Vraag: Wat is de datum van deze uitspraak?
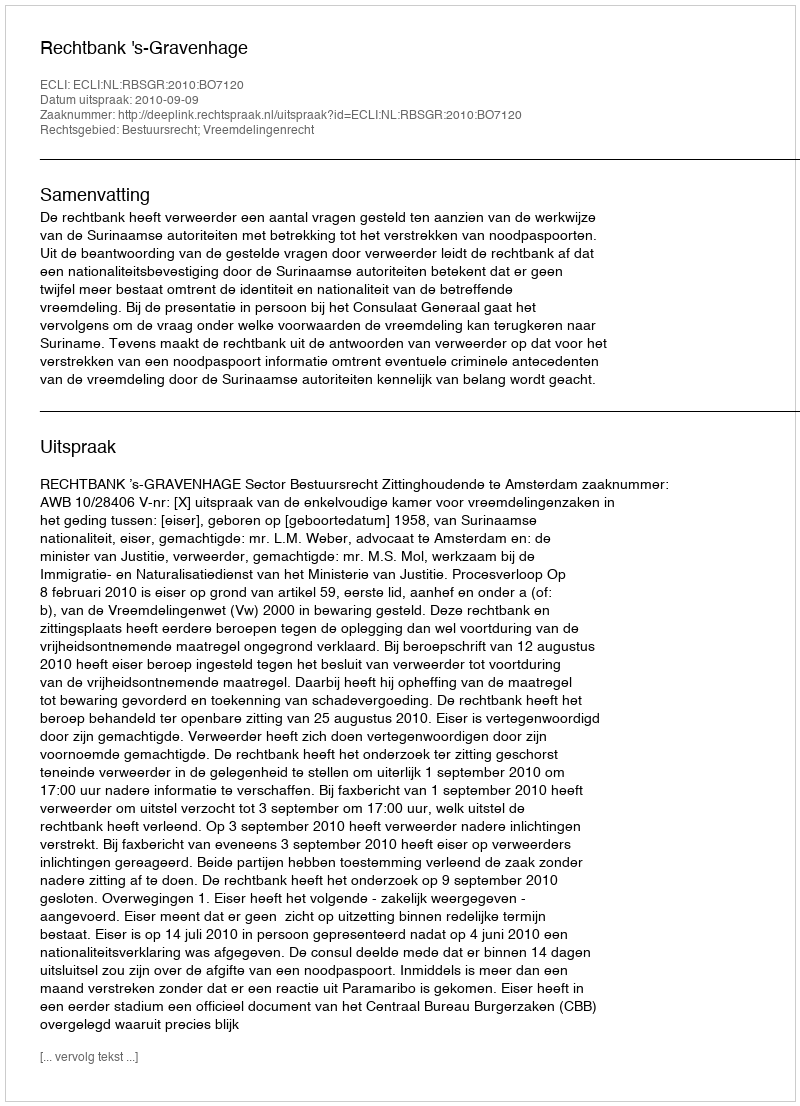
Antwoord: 2010-09-09